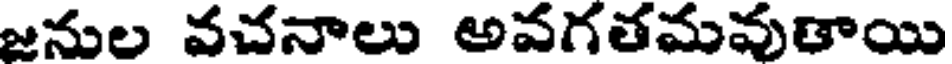
జనుల వచనాలు అవగతమవుతాయి